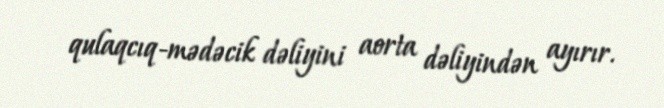
qulaqcıq-mədəcik dəliyini aorta dəliyindən ayırır.